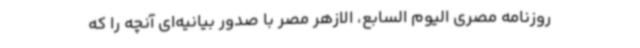
روزنامه مصری الیوم السابع، الازهر مصر با صدور بیانیه‌ای آنچه را که